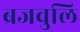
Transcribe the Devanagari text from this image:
ब्रजवुलि